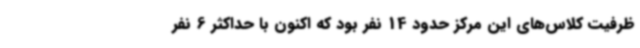
ظرفیت کلاس‌های این مرکز حدود 14 نفر بود که اکنون با حداکثر 6 نفر